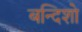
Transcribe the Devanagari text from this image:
बन्दिशो